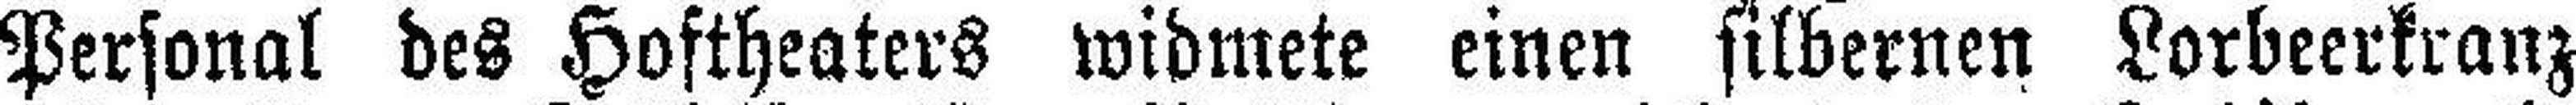
Personal des Hoftheaters widmete einen silbernen Lorbeerkranz